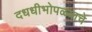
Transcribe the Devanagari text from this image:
दधधीभोपळ्याचे